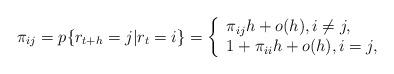
LaTeX: \begin{align*}\pi_{ij}=p\{r_{t+h}=j|r_t=i\}=\left\{\begin{array}{lcl}\pi_{ij}h+o(h), i\neq j, \\1+\pi_{ii}h+o(h), i=j,\end{array}\right.\end{align*}